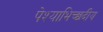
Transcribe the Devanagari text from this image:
पेश्याभिच्छदीय